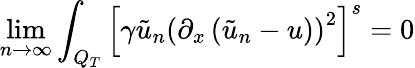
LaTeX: \operatorname*{lim}_{n\rightarrow\infty}\int_{Q_{T}}\left[\gamma\tilde{u}_{n}\left(\partial_{x}\left(\tilde{u}_{n}-u\right)\right)^{2}\right]^{s}=0